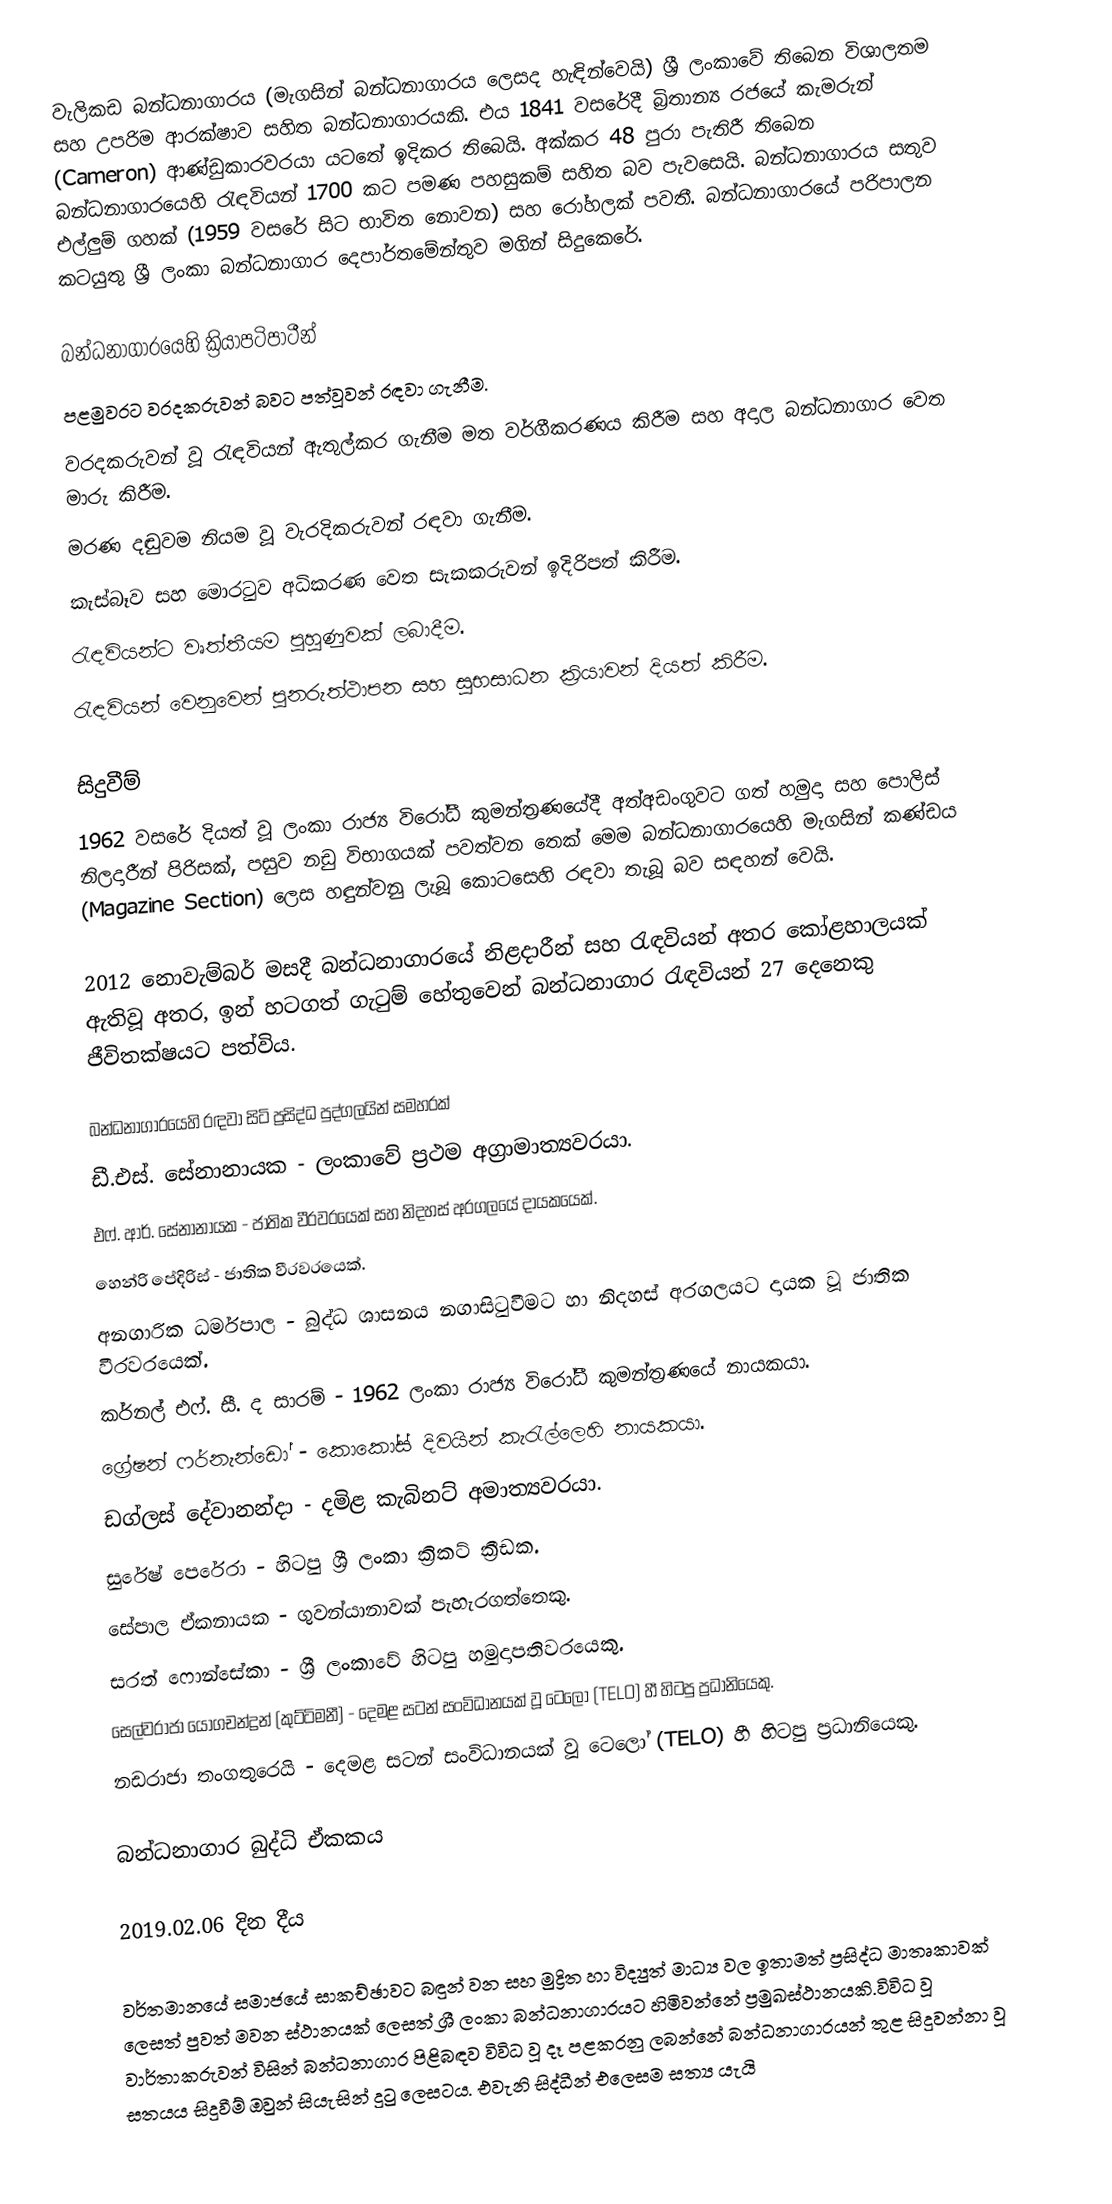
වැලිකඩ බන්ධනාගාරය (මැගසින් බන්ධනාගාරය ලෙසද හැඳින්වෙයි) ශ්‍රී ලංකාවේ තිබෙන විශාලතම සහ උපරිම ආරක්ෂාව සහිත බන්ධනාගාරයකි. එය 1841 වසරේදී බ්‍රිතාන්‍ය රජයේ කැමරුන් (Cameron) ආණ්ඩුකාරවරයා යටතේ ඉදිකර තිබෙයි. අක්කර 48 පුරා පැතිරී තිබෙන බන්ධනාගාරයෙහි රැඳවියන් 1700 කට පමණ පහසුකම් සහිත බව පැවසෙයි. බන්ධනාගාරය සතුව එල්ලුම් ගහක් (1959 වසරේ සිට භාවිත නොවන) සහ රෝහලක් පවතී. බන්ධනාගාරයේ පරිපාලන කටයුතු ශ්‍රී ලංකා බන්ධනාගාර දෙපාර්තමේන්තුව මගින් සිදුකෙරේ.

බන්ධනාගාරයෙහි ක්‍රියාපටිපාටීන්
පළමුවරට වරදකරුවන් බවට පත්වූවන් රඳවා ගැනීම.
වරදකරුවන් වූ රැඳවියන් ඇතුල්කර ගැනීම මත වර්ගීකරණය කිරීම සහ අදාල බන්ධනාගාර වෙත මාරු කිරීම.
මරණ දඬුවම නියම වූ වැරදිකරුවන් රඳවා ගැනීම.
කැස්බෑව සහ මොරටුව අධිකරණ වෙත සැකකරුවන් ඉදිරිපත් කිරීම.
රැඳවියන්ට වෘත්තීයම පුහුණුවක් ලබාදීම.
රැඳවියන් වෙනුවෙන් පුනරුත්ථාපන සහ සුභසාධන ක්‍රියාවන් දියත් කිරීම.

සිදුවීම්
1962 වසරේ දියත් වූ  ලංකා රාජ්‍ය විරෝධී කුමන්ත්‍රණයේදී අත්අඩංගුවට ගත් හමුදා සහ පොලිස් නිලදාරීන් පිරිසක්, පසුව නඩු විභාගයක් පවත්වන තෙක් මෙම බන්ධනාගාරයෙහි මැගසින් කණ්ඩය (Magazine Section) ලෙස හඳුන්වනු ලැබූ කොටසෙහි රඳවා තැබූ බව සඳහන් වෙයි.

2012 නොවැම්බර් මසදී බන්ධනාගාරයේ නිළදාරීන් සහ රැඳවියන් අතර කෝළහාලයක් ඇතිවූ අතර, ඉන් හටගත් ගැටුම් හේතුවෙන් බන්ධනාගාර රැඳවියන් 27 දෙනෙකු ජීවිතක්ෂයට පත්විය.

බන්ධනාගාරයෙහි රඳවා සිටි ප්‍රසිද්ධ පුද්ගලයින් සමහරක්
ඩී.එස්. සේනානායක - ලංකාවේ ප්‍රථම අග්‍රාමාත්‍යවරයා.
එෆ්. ආර්. සේනානායක - ජාතික වීරවරයෙක් සහ නිදහස් අරගලයේ දායකයෙක්.
හෙන්රි පේදිරිස් - ජාතික වීරවරයෙක්.
අනගාරික ධර්මපාල - බුද්ධ ශාසනය නගාසිටුවීමට හා නිදහස් අරගලයට දායක වූ ජාතික වීරවරයෙක්.
කර්නල් එෆ්. සී. ද සාරම් - 1962 ලංකා රාජ්‍ය විරෝධී කුමන්ත්‍රණයේ නායකයා.
ග්‍රේෂන් ෆර්නැන්ඩෝ - කොකෝස් දිවයින් කැරැල්ලෙහි නායකයා.
ඩග්ලස් දේවානන්දා - දමිළ කැබිනට් අමාත්‍යවරයා.
සුරේෂ් පෙරේරා - හිටපු ශ්‍රී ලංකා ක්‍රිකට් ක්‍රීඩක.
සේපාල ඒකනායක - ගුවන්යානාවක් පැහැරගත්තෙකු.
සරත් ෆොන්සේකා - ශ්‍රී ලංකාවේ හිටපු හමුදාපතිවරයෙකු.
සෙල්වරාජා යෝගචන්ද්‍රන් (කුට්ටිමනී) - දෙමළ සටන් සංවිධානයක් වූ ටෙලෝ (TELO) හී හිටපු ප්‍රධානියෙකු.
 නඩරාජා තංගතුරෙයි - දෙමළ සටන් සංවිධානයක් වූ ටෙලෝ (TELO) හී හිටපු ප්‍රධානියෙකු.

බන්ධනාගාර බුද්ධි ඒකකය

2019.02.06 දින දීය

වර්තමානයේ සමාජයේ සාකච්ඡාවට බඳුන් වන සහ මුද්‍රිත හා විද්‍යුත් මාධ්‍ය වල ඉතාමත් ප්‍රසිද්ධ මාතෘකාවක් ලෙසත් පුවත් මවන ස්ථානයක් ලෙසත් ශ්‍රී ලංකා බන්ධනාගාරයට හිමිවන්නේ ප්‍රමුඛස්ථානයකි.විවිධ වූ වාර්තාකරුවන් විසින් බන්ධනාගාර පිළිබඳව විවිධ වූ දෑ පළකරනු ලබන්නේ බන්ධනාගාරයන් තුළ සිදුවන්නා වූ සත‍්‍යය සිදුවීම් ඔවුන් සියැසින් දුටු ලෙසටය‍. එවැනි සිද්ධීන් එලෙසම සත්‍ය යැයි